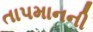
તાપમાનની